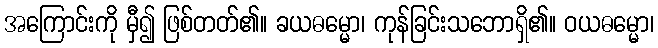
အကြောင်းကို မှီ၍ ဖြစ်တတ်၏။ ခယဓမ္မော၊ ကုန်ခြင်းသဘောရှိ၏။ ဝယဓမ္မော၊